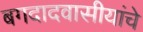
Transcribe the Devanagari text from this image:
बगदादवासीयांचे